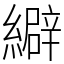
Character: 䌟